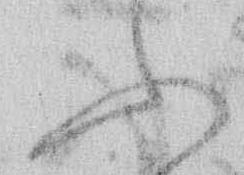
ふ